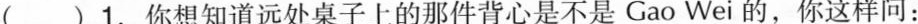
( )1.你想知道远处桌子上的那件背心是不是Gao Wei的，你这样问：